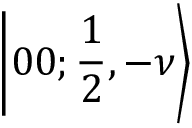
\left| 0 0 ; \frac { 1 } { 2 } , { - } \nu \right\rangle